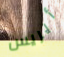
أيريس